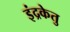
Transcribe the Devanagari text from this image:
इंद्रकेतु